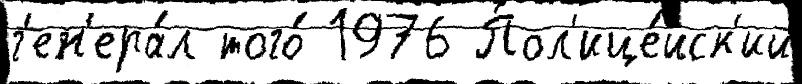
г'ен'ера́л того́ 1976 Пол'ице́йск'ий